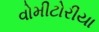
વોમીટોરીયા